Annual report on vaccination in Mysore, 1878-1879 - 1878-1879
Year: 1878
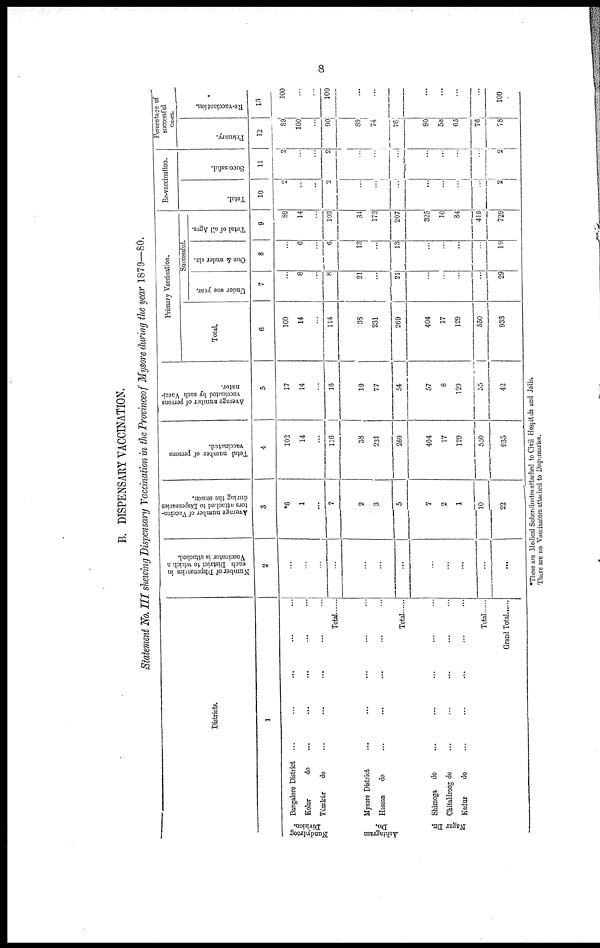
8
B. DISPENSARY VACCINATION.
Statement No. III shewing Dispensary Vaccination in the Province of Mysore during the year 1879—80.
Districts.
1
Nundydroog
Division.
Ashtagram
Dn.
Nagar Dn.
Bangalore District ... ... ... ... ...
Kolar
do ... ... ... ... ...
Túmkúr
do ... ... ... ... ...
Total
Mysore District ... ... ... ... ...
Hassan
do ... ... ... ... ...
Total
Shimoga
do ... ... ... ... ...
Chitaldroog do ... ... ... ... ...
Kadur
do
...
...
...
...
...
Total
Grand Total
Number of Dispensaries in
each District to which a
Vaccinator is attached.
2
...
...
...
...
...
...
...
...
...
...
...
...
Average number of Vaccina¬
tors attached to Dispensaries
during the season.
3
*6
1
...
7
2
3
5
7
2
1
10
22
Total number of persons
vaccinated.
4
103
14
...
116
38
231
269
404
17
129
550
935
Average number of persons
vaccinated by each Vacci-
nated.
5
17
14
...
16
19
77
64
57
8
129
55
42
Primary Vaccination.
Total
6
100
14
...
114
38
231
269
404
17
129
550
933
Successful.
Under one year.
7
...
8
...
8
21
...
21
...
...
...
...
29
One & under six.
8
...
6
...
6
13
...
13
...
...
...
...
19
Total of all Ages.
9
89
14
...
103
34
173
207
325
10
84
419
729
Re-vaccination.
Total.
10
2
...
...
2
...
...
...
...
...
...
...
2
Successful.
11
2
...
...
2
...
...
...
...
...
...
...
2
Percentage of
successful
cases.
Primary.
12
89
100
...
90
89
74
76
80
58
65
76
78
Re-vaccination.
13
100
...
...
100
...
...
...
...
...
100
These are Medical Subordinates attached to Civil Hospitals and Jails.
There are no Vaccinators attached to Dispensaries.